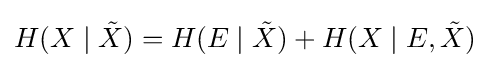
H(X\mid {\tilde {X}})=H(E\mid {\tilde {X}})+H(X\mid E,{\tilde {X}})